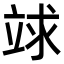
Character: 𥪆